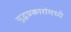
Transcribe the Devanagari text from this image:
युद्धप्रकारांमध्ये